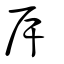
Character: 厈